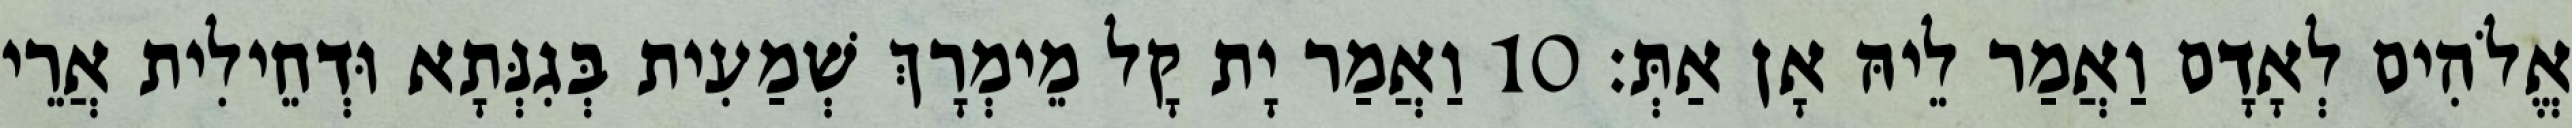
אֱלֹהִים לְאָדָם וַאֲמַר לֵיהּ אָן אַתְּ׃ 10 וַאֲמַר יָת קָל מֵימְרָךְ שְׁמַעִית בְּגִנְּתָא וּדְחֵילִית אֲרֵי